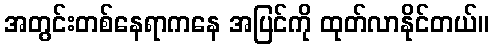
အတွင်းတစ်နေရာကနေ အပြင်ကို ထုတ်လာနိုင်တယ်။